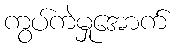
ကွပ်ကဲမှုအောက်